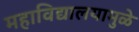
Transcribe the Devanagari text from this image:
महाविद्यालयामुळे